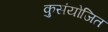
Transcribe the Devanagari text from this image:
कुसंयोजित